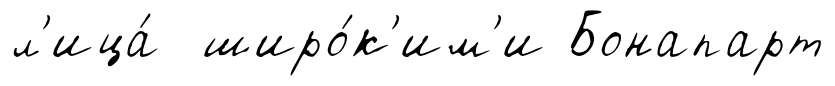
л'ица́ широ́к'им'и Бонапарт